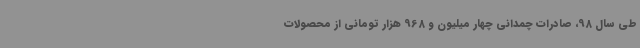
طی سال 98، صادرات چمدانی چهار میلیون و 968 هزار تومانی از محصولات